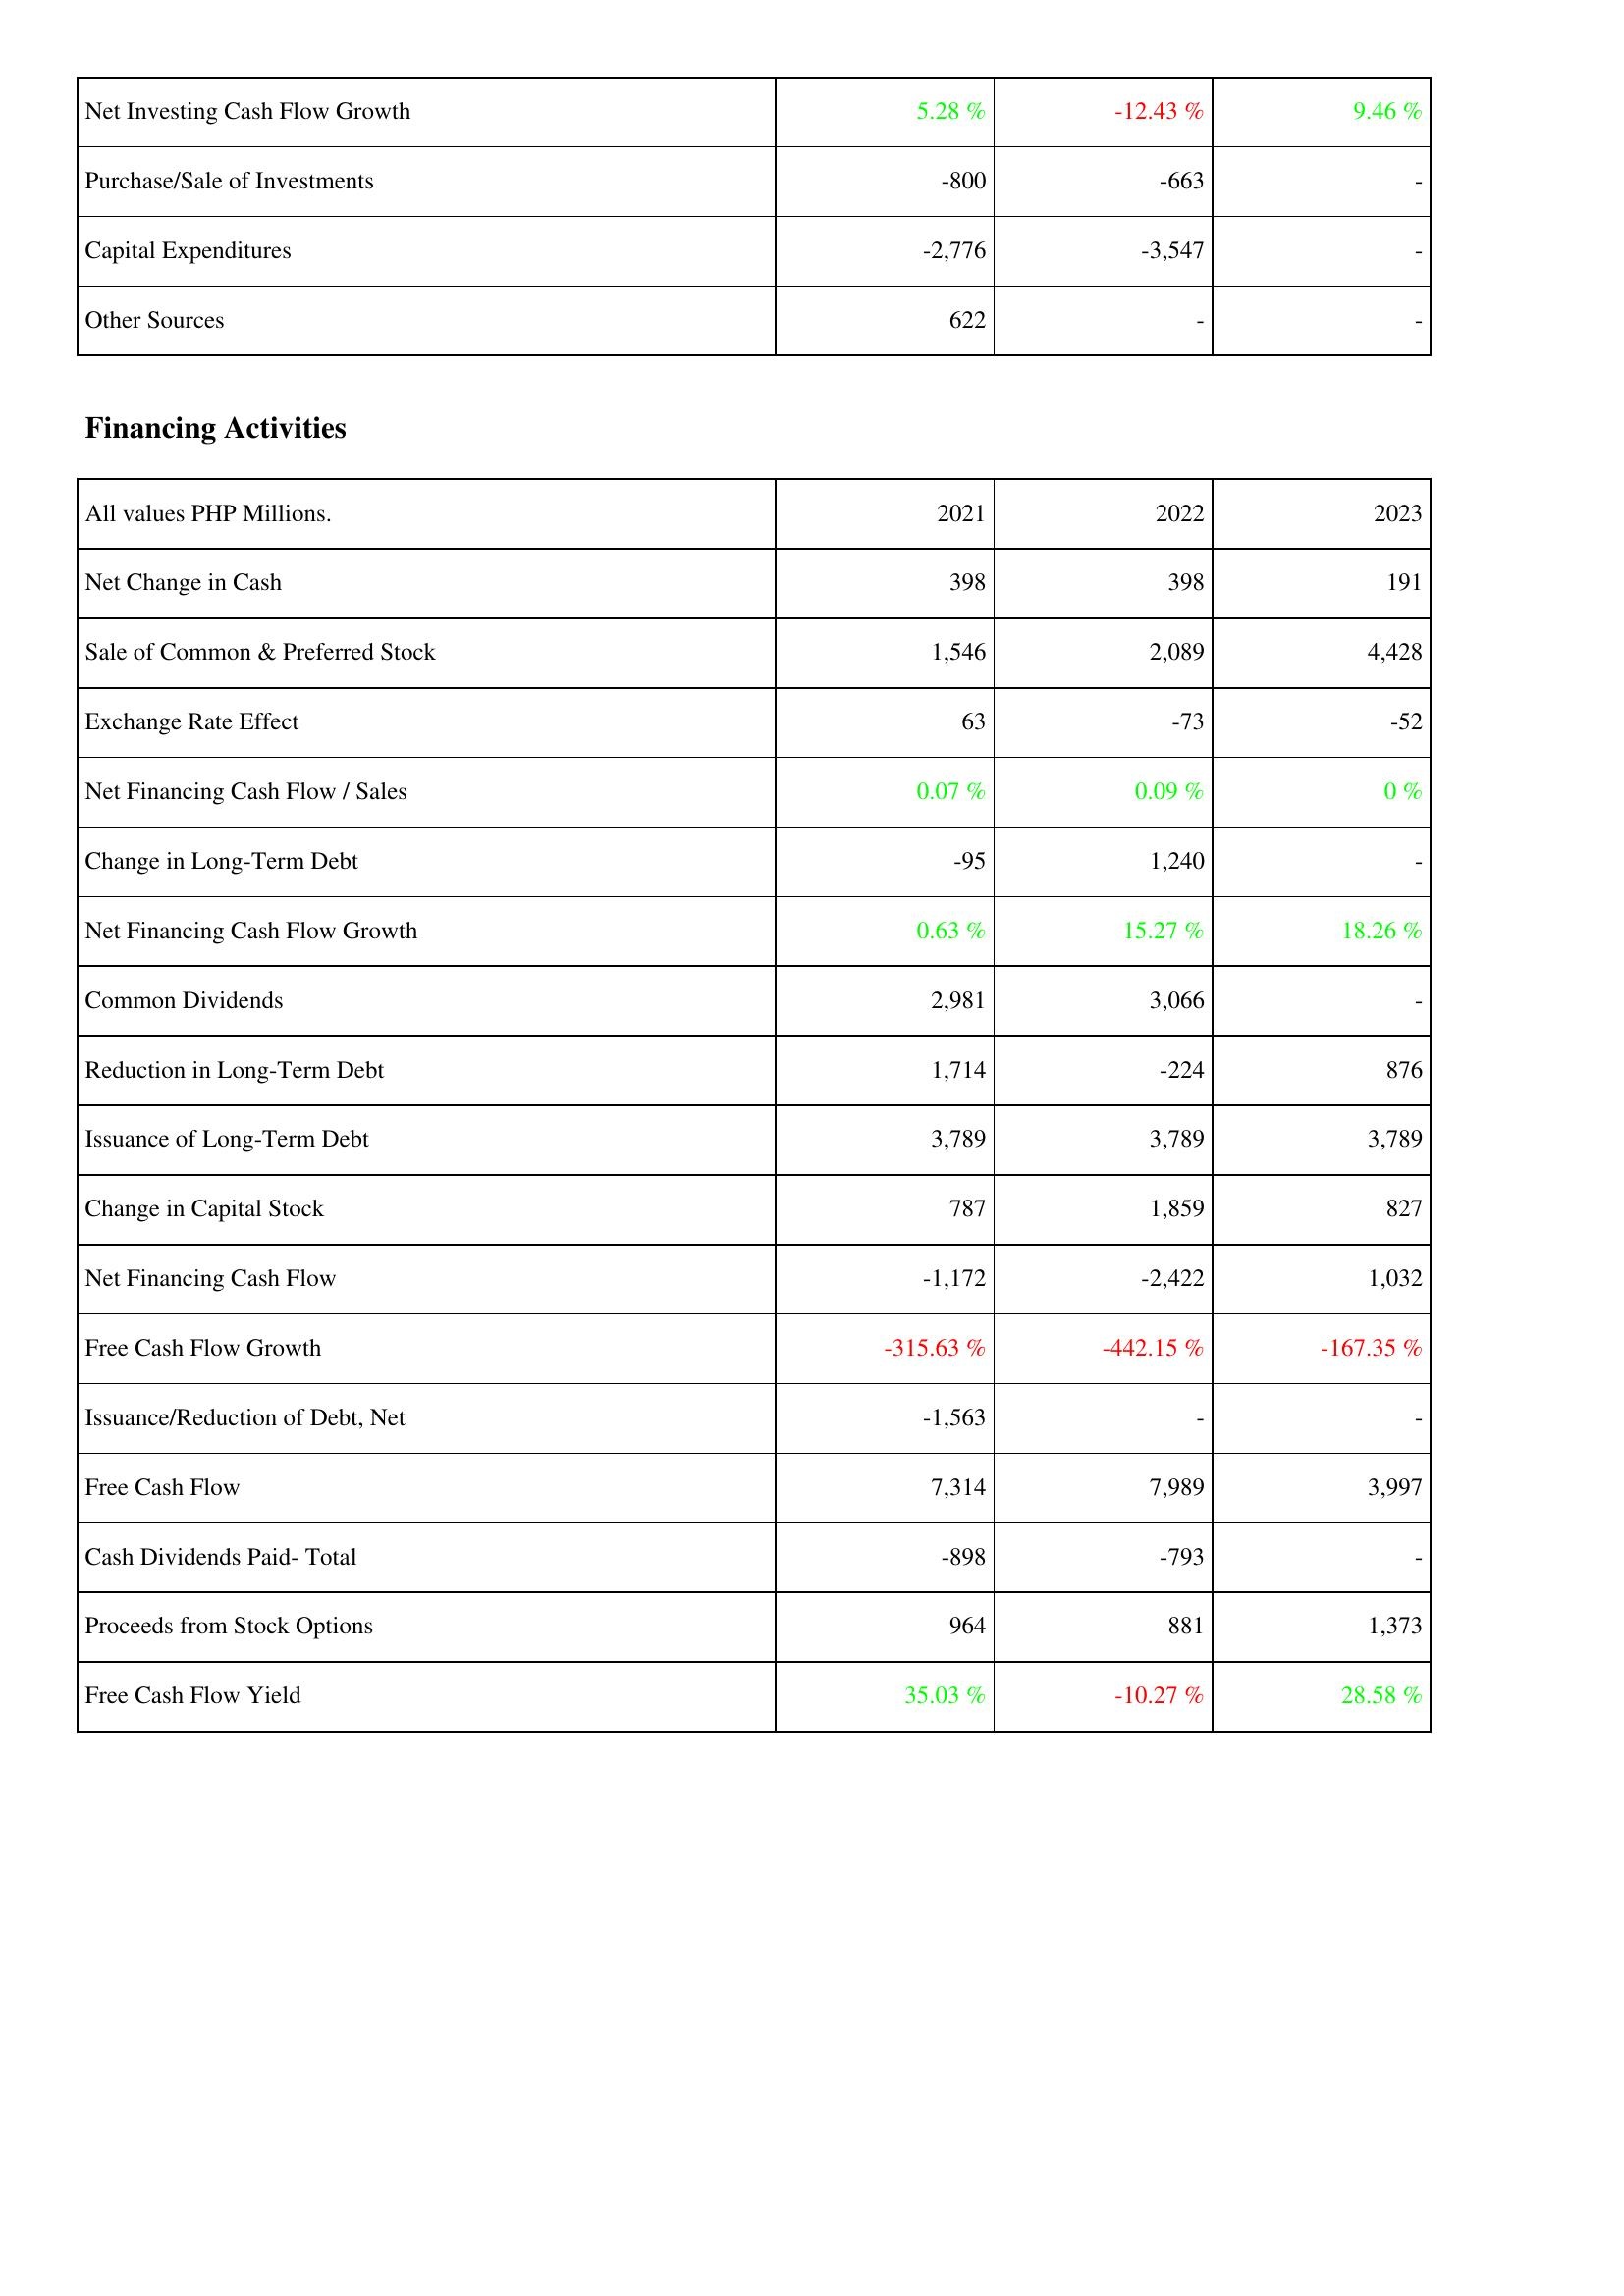
2021: Investing Activities: Net Investing Cash Flow Growth: 5.28 %
Purchase/Sale of Investments: -800
Capital Expenditures: -2,776
Other Sources: 622
Financing Activities: Net Change in Cash: 398
Sale of Common & Preferred Stock: 1,546
Exchange Rate Effect: 63
Net Financing Cash Flow / Sales: 0.07 %
Change in Long-Term Debt: -95
Net Financing Cash Flow Growth: 0.63 %
Common Dividends: 2,981
Reduction in Long-Term Debt: 1,714
Issuance of Long-Term Debt: 3,789
Change in Capital Stock: 787
Net Financing Cash Flow: -1,172
Free Cash Flow Growth: -315.63 %
Issuance/Reduction of Debt, Net: -1,563
Free Cash Flow: 7,314
Cash Dividends Paid- Total: -898
Proceeds from Stock Options: 964
Free Cash Flow Yield: 35.03 %
2022: Investing Activities: Net Investing Cash Flow Growth: -12.43 %
Purchase/Sale of Investments: -663
Capital Expenditures: -3,547
Other Sources: -
Financing Activities: Net Change in Cash: 398
Sale of Common & Preferred Stock: 2,089
Exchange Rate Effect: -73
Net Financing Cash Flow / Sales: 0.09 %
Change in Long-Term Debt: 1,240
Net Financing Cash Flow Growth: 15.27 %
Common Dividends: 3,066
Reduction in Long-Term Debt: -224
Issuance of Long-Term Debt: 3,789
Change in Capital Stock: 1,859
Net Financing Cash Flow: -2,422
Free Cash Flow Growth: -442.15 %
Issuance/Reduction of Debt, Net: -
Free Cash Flow: 7,989
Cash Dividends Paid- Total: -793
Proceeds from Stock Options: 881
Free Cash Flow Yield: -10.27 %
2023: Investing Activities: Net Investing Cash Flow Growth: 9.46 %
Purchase/Sale of Investments: -
Capital Expenditures: -
Other Sources: -
Financing Activities: Net Change in Cash: 191
Sale of Common & Preferred Stock: 4,428
Exchange Rate Effect: -52
Net Financing Cash Flow / Sales: 0 %
Change in Long-Term Debt: -
Net Financing Cash Flow Growth: 18.26 %
Common Dividends: -
Reduction in Long-Term Debt: 876
Issuance of Long-Term Debt: 3,789
Change in Capital Stock: 827
Net Financing Cash Flow: 1,032
Free Cash Flow Growth: -167.35 %
Issuance/Reduction of Debt, Net: -
Free Cash Flow: 3,997
Cash Dividends Paid- Total: -
Proceeds from Stock Options: 1,373
Free Cash Flow Yield: 28.58 %